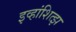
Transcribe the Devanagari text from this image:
इव्हांशित्झ